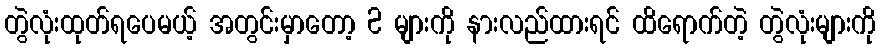
တွဲလုံးထုတ်ရပေမယ့် အတွင်းမှာတော့ 2 များကို နားလည်ထားရင် ထိရောက်တဲ့ တွဲလုံးများကို